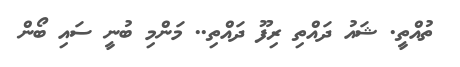
ތުއްތީ. ޝައު ދައްތި ރިފޫ ދައްތި.. މަންމި ބުނީ ސައި ބޯން